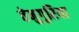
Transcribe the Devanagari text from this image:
तेनुगुरिया